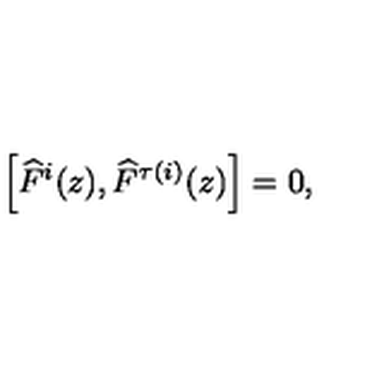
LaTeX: \left[ \widehat { F } ^ { i } ( z ) , \widehat { F } ^ { \tau ( i ) } ( z ) \right] = 0 ,